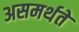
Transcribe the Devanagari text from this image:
असमर्थते